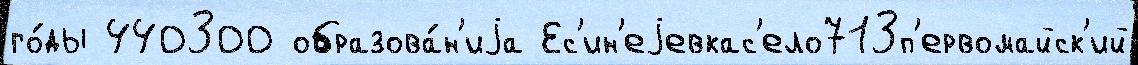
го́ды 440300 образова́н'иjа Ес'ин'еjевкас'ело713п'ервомайск'ий